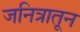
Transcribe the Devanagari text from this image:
जनित्रातून